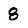
Character: 8